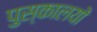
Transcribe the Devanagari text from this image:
पुस्कालयों